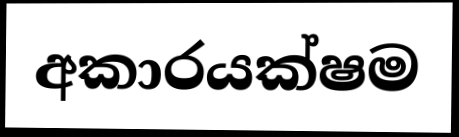
අකාරයක්ෂම